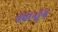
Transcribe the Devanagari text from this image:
क्वान्तुंग